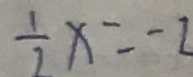
\frac { 1 } { 7 } x = - 2